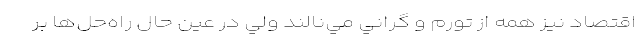
اقتصاد نيز همه از تورم و گراني مي‌نالند ولي در عين حال راه‌حل‌ها بر